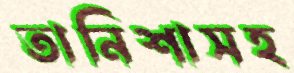
তানিশাসহ